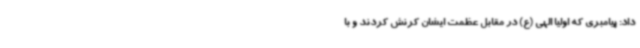
داد: پیامبری که اولیا الهی (ع) در مقابل عظمت ایشان کرنش کردند و با